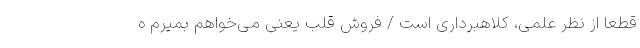
قطعا از نظر علمی، کلاهبرداری است / فروش قلب یعنی می‌خواهم بمیرم ه